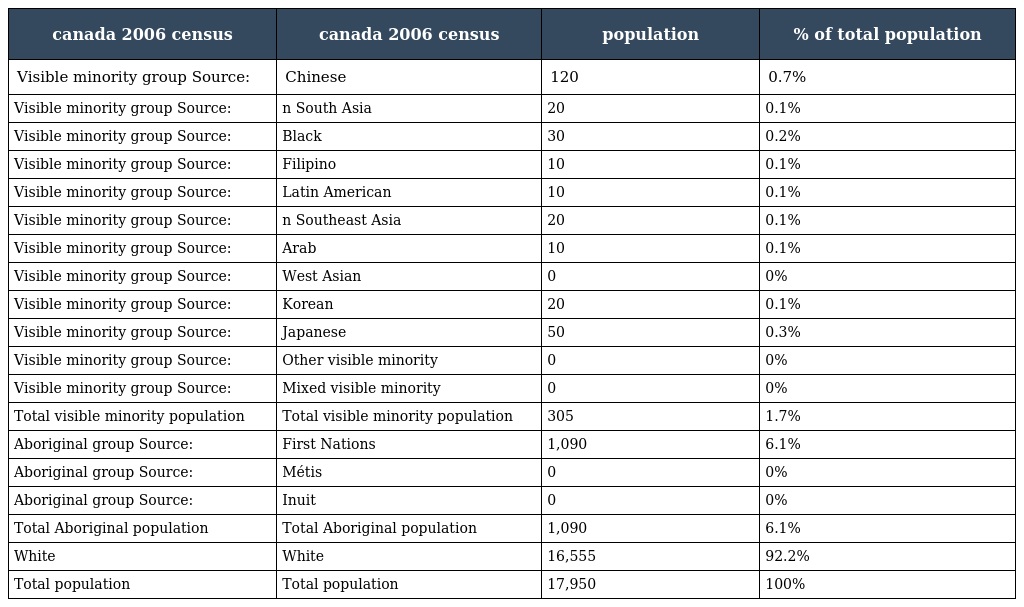
| canada 2006 census | canada 2006 census | population | % of total population |
 | --- | --- | --- | --- |
 | Visible minority group Source: | Chinese | 120 | 0.7% |
 | Visible minority group Source: | n South Asia | 20 | 0.1% |
 | Visible minority group Source: | Black | 30 | 0.2% |
 | Visible minority group Source: | Filipino | 10 | 0.1% |
 | Visible minority group Source: | Latin American | 10 | 0.1% |
 | Visible minority group Source: | n Southeast Asia | 20 | 0.1% |
 | Visible minority group Source: | Arab | 10 | 0.1% |
 | Visible minority group Source: | West Asian | 0 | 0% |
 | Visible minority group Source: | Korean | 20 | 0.1% |
 | Visible minority group Source: | Japanese | 50 | 0.3% |
 | Visible minority group Source: | Other visible minority | 0 | 0% |
 | Visible minority group Source: | Mixed visible minority | 0 | 0% |
 | Total visible minority population | Total visible minority population | 305 | 1.7% |
 | Aboriginal group Source: | First Nations | 1,090 | 6.1% |
 | Aboriginal group Source: | Métis | 0 | 0% |
 | Aboriginal group Source: | Inuit | 0 | 0% |
 | Total Aboriginal population | Total Aboriginal population | 1,090 | 6.1% |
 | White | White | 16,555 | 92.2% |
 | Total population | Total population | 17,950 | 100% |